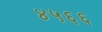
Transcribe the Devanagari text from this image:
४५६६